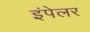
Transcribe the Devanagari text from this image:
इंपेलर